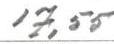
17,55